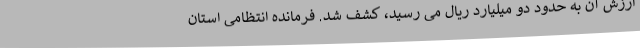
ارزش آن به حدود دو میلیارد ریال می رسید، کشف شد. فرمانده انتظامی استان